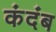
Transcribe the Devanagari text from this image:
कंदंब